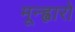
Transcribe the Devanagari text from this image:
मून्ह्वारो